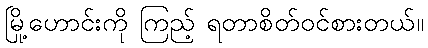
မြို့ဟောင်းကို ကြည့် ရတာစိတ်ဝင်စားတယ်။